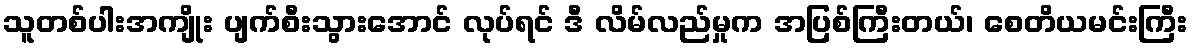
သူတစ်ပါးအကျိုး ပျက်စီးသွားအောင် လုပ်ရင် ဒီ လိမ်လည်မှုက အပြစ်ကြီးတယ်၊ စေတိယမင်းကြီး